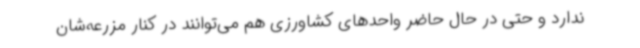
ندارد و حتی در حال حاضر واحدهای کشاورزی هم می‌توانند در کنار مزرعه‌شان